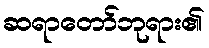
ဆရာတော်ဘုရား၏